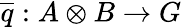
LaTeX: {\overline{{q}}}:A\otimes B\to G